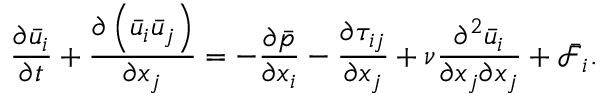
\frac { \partial { { { \bar { u } } } _ { i } } } { \partial t } + \frac { \partial \left( { { { \bar { u } } } _ { i } } { { { \bar { u } } } _ { j } } \right) } { \partial { { x } _ { j } } } = - \frac { \partial \bar { p } } { \partial { { x } _ { i } } } - \frac { \partial { { \tau } _ { i j } } } { \partial { { x } _ { j } } } + \nu \frac { { { \partial } ^ { 2 } } { { { \bar { u } } } _ { i } } } { \partial { { x } _ { j } } \partial { { x } _ { j } } } + { { \bar { \mathcal { F } } } _ { i } } .